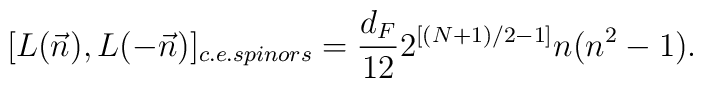
[L(\vec{n}),L(-\vec{n})]_{c.e. spinors} =\frac{d_{F}}{12} 2^{[(N+1)/2 -1]} n (n^{2} - 1).